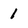
Character: 1